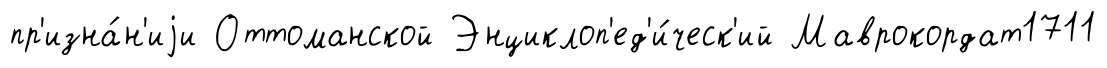
пр'изна́н'иjи Оттоманской Энциклоп'ед'и́ческ'ий Маврокордат1711